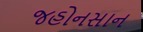
જહોનસાન